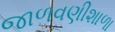
જાળવણીશાળા